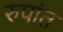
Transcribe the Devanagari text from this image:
रुपांत